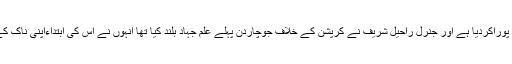
لیجئے ،آج آرمی چیف جنرل راحیل شریف نے اپنی قوم سے کئے ہوئے وعدے اور دعوے کو بلاجھجک پوراکردیا ہے اور جنرل راحیل شریف نے کرپشن کے خلاف جوچاردن پہلے علم جہاد بلند کیا تھا اُنہوں نے اُس کی ابتداءاپنی ناک کے نیچے اپنے ہی گھر کے بڑوں سے کردی ہے، مگر اَب دیکھنا یہ ہے کہ یہ سلسلہ یہیں رک جاتاہے ۔